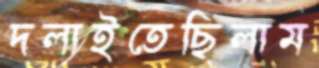
দলাইতেছিলাম